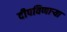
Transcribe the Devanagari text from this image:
दीपविणार्‍या